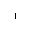
^ 1